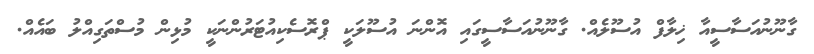
ގާނޫނުއަސާސީއާ ޚިލާފް އުސޫލެއް. ގާނޫނުއަސާސީގައި އޮންނަ އުސޫލަކީ ޕްރޮސެކިއުޓަރުންނަކީ މުޅިން މުސްތަގިއްލު ބައެއް.